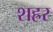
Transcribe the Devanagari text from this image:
शह्रर